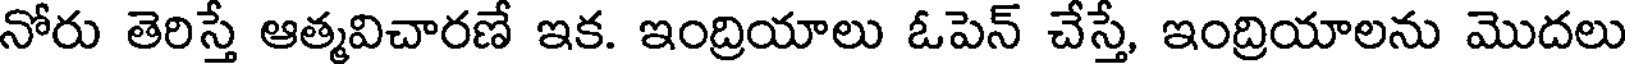
నోరు తెరిస్తే ఆత్మవిచారణే ఇక. ఇంద్రియాలు ఓపెన్ చేస్తే, ఇంద్రియాలను మొదలు